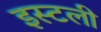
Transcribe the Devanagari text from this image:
इस्टली